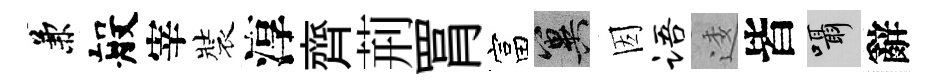
兼般宰裝淳齊荊罥富冀因语逶皆囁辭